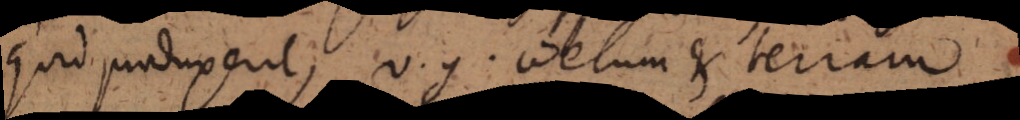
quid produxerit, v.g. coelum et terram.